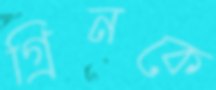
গ্রিনকে